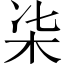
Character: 㭍